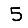
Digit: 5